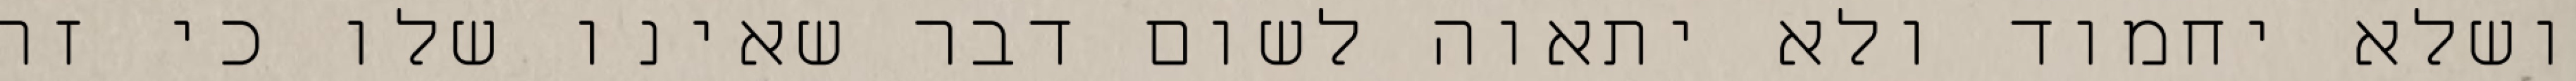
ושלא יחמוד ולא יתאוה לשום דבר שאינו שלו כי זה